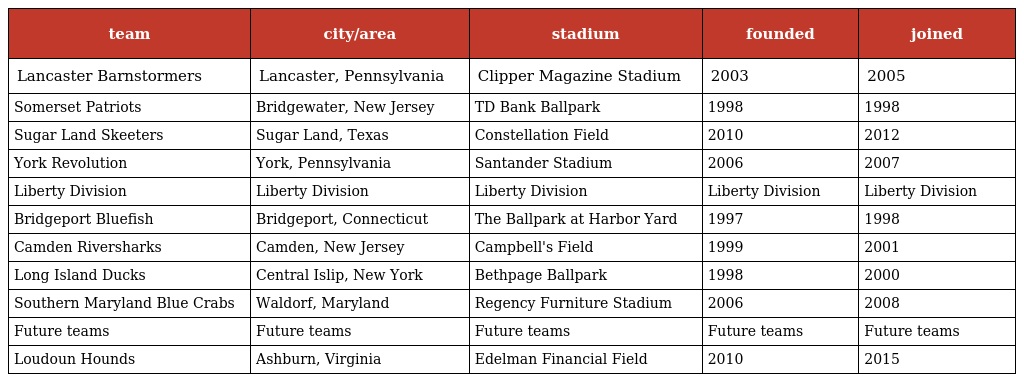
| team | city/area | stadium | founded | joined |
 | --- | --- | --- | --- | --- |
 | Lancaster Barnstormers | Lancaster, Pennsylvania | Clipper Magazine Stadium | 2003 | 2005 |
 | Somerset Patriots | Bridgewater, New Jersey | TD Bank Ballpark | 1998 | 1998 |
 | Sugar Land Skeeters | Sugar Land, Texas | Constellation Field | 2010 | 2012 |
 | York Revolution | York, Pennsylvania | Santander Stadium | 2006 | 2007 |
 | Liberty Division | Liberty Division | Liberty Division | Liberty Division | Liberty Division |
 | Bridgeport Bluefish | Bridgeport, Connecticut | The Ballpark at Harbor Yard | 1997 | 1998 |
 | Camden Riversharks | Camden, New Jersey | Campbell's Field | 1999 | 2001 |
 | Long Island Ducks | Central Islip, New York | Bethpage Ballpark | 1998 | 2000 |
 | Southern Maryland Blue Crabs | Waldorf, Maryland | Regency Furniture Stadium | 2006 | 2008 |
 | Future teams | Future teams | Future teams | Future teams | Future teams |
 | Loudoun Hounds | Ashburn, Virginia | Edelman Financial Field | 2010 | 2015 |